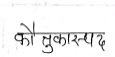
मजकूर: कौतुकास्पद